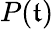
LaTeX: P(\mathfrak{t})